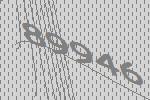
89946